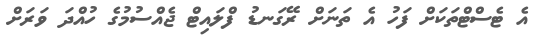
އެ ޓެސްޓްތަކަށް ފަހު އެ ތަނަށް ރޭގަނޑު ފްލައިޓް ޖެއްސުމުގެ ހުއްދަ ވަރަށް